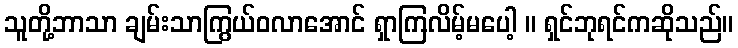
သူတို့ဘာသာ ချမ်းသာကြွယ်ဝလာအောင် ရှာကြလိမ့်မပေါ့ ။ ရှင်ဘုရင်ကဆိုသည်။